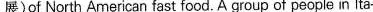
展)of North American fast food. A group of people in lta-